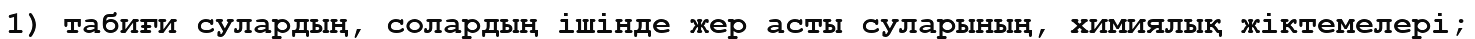
1) табиғи сулардың, солардың ішінде жер асты суларының, химиялық жіктемелері;